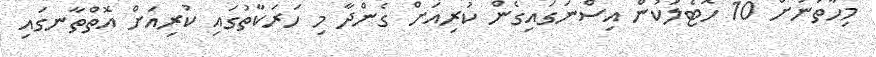
މިހާތަނަށް 10 ހޮޓެލަކުން އިސްނަގައިގެން ކުރިއަށް ގެންދާ މި ހަރަކާތުގައި ކުރިއަށް އޮތްތާނގައި